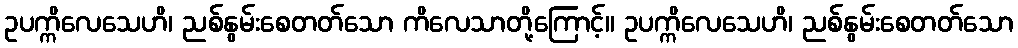
ဥပက္ကိလေသေဟိ၊ ညစ်နွမ်းစေတတ်သော ကိလေသာတို့ကြောင့်။ ဥပက္ကိလေသေဟိ၊ ညစ်နွမ်းစေတတ်သော